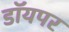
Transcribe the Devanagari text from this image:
डॉयपर